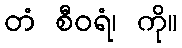
တံ စီဝရံ၊ ကို။